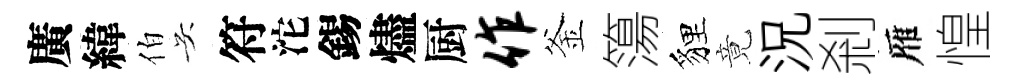
廣緯伯吴符沱錫燼厨作釜簜貍竟況剎雁惶